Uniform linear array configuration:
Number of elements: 12
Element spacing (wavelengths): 1
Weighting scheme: cosine
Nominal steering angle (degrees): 45
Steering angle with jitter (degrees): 43.17
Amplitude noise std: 0.05
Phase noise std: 0.05

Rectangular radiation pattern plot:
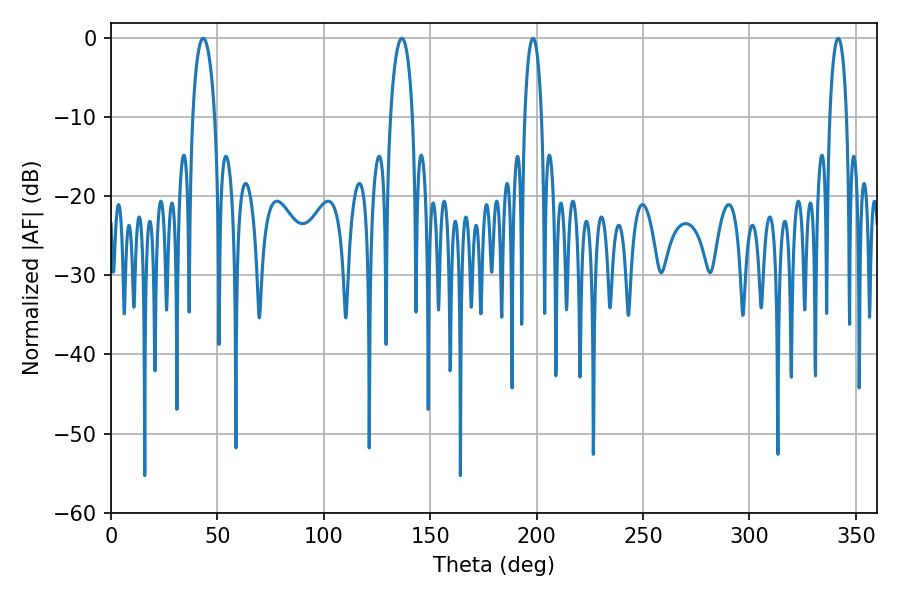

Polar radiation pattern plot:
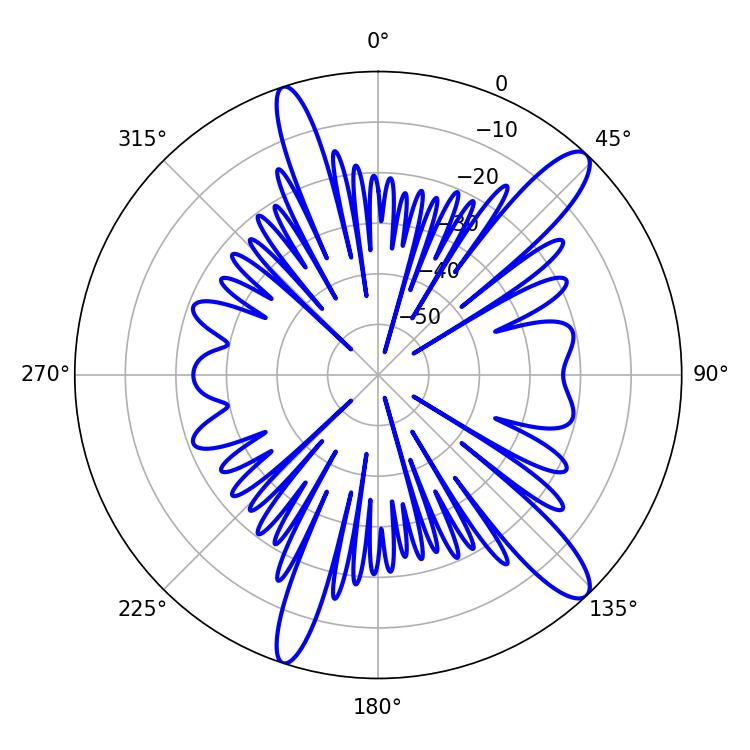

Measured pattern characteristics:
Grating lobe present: TRUE
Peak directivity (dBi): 12.905
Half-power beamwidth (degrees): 5.94
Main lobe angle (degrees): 43.38